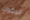
المكوك